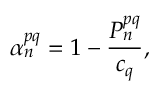
\alpha _ { n } ^ { p q } = 1 - \frac { P _ { n } ^ { p q } } { c _ { q } } ,